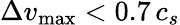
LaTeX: \Delta v_{\mathrm{max}}<0.7\, c_{s}